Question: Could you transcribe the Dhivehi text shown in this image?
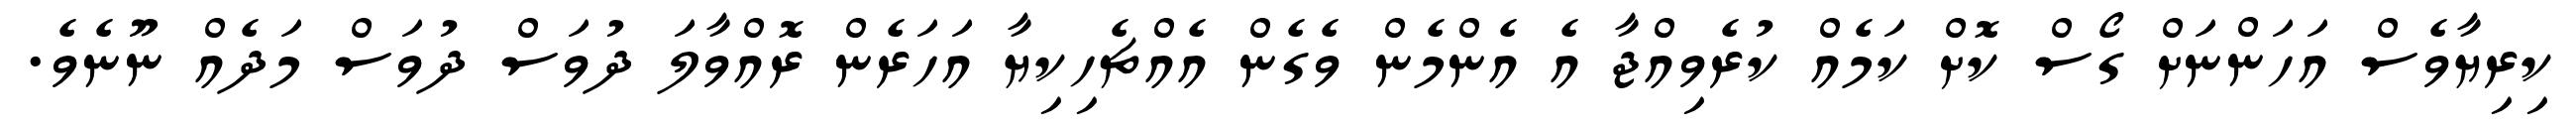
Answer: ކިރިޔާވެސް އަހަންނަށް ގޯސް ކޮށް ކަމެއް ކުރެވިއްޖާ އެ އެންމެން ވެގެން އެއްޗެހިކިޔާ އަހަރެން ރޮއްވާލަ ދުވަސް ދުވަސް މަދެއް ނޫނެވެ.